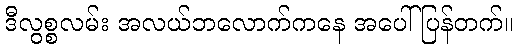
ဒီလွစ္စလမ်း အလယ်ဘလောက်ကနေ အပေါ်ပြန်တက်။